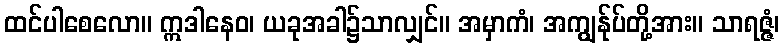
ထင်ပါစေလော။ ဣဒါနေဝ၊ ယခုအခါ၌သာလျှင်။ အမှာကံ၊ အကျွန်ုပ်တို့အား။ သာရဇ္ဇံ၊